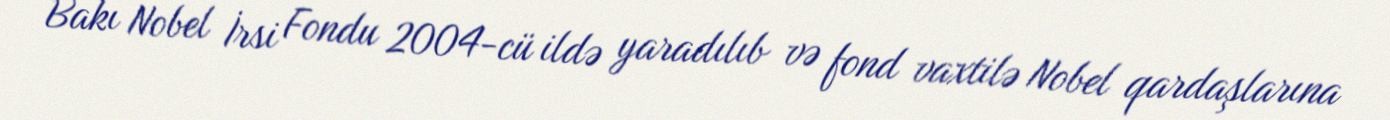
Bakı Nobel İrsi Fondu 2004-cü ildə yaradılıb və fond vaxtilə Nobel qardaşlarına